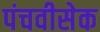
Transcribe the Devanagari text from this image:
पंचवीसेक